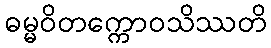
ဓမ္မဝိတက္ကောဝသိဿတိ